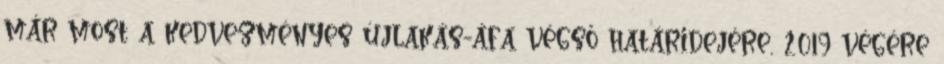
már most a kedvezményes újlakás-áfa végső határidejére, 2019 végére